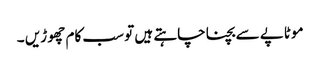
موٹاپے سے بچنا چاہتے ہیں تو سب کام چھو ڑیں ۔